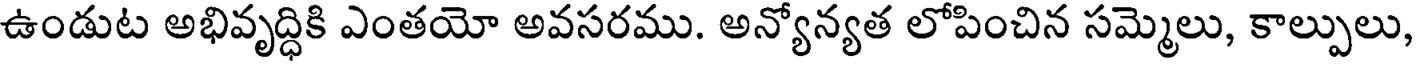
ఉండుట అభివృద్ధికి ఎంతయో అవసరము. అన్యోన్యత లోపించిన సమ్మెలు, కాల్పులు,